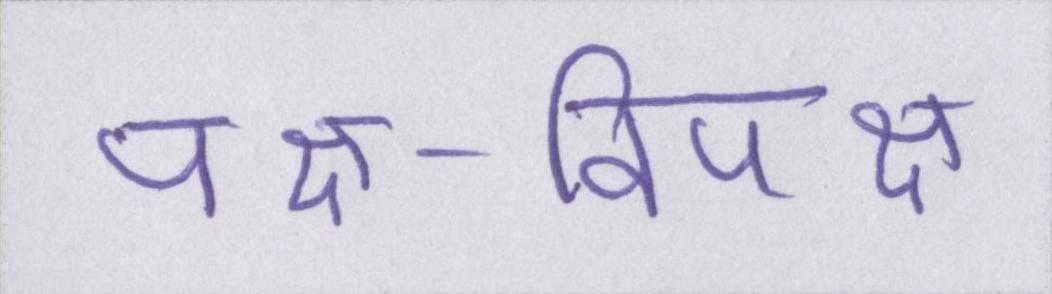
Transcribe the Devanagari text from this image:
पक्ष-विपक्ष